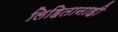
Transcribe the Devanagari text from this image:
लिहितानाही